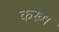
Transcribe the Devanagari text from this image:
कख्ष